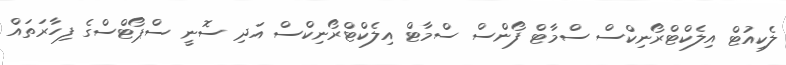
ލެކިއުޓް އިލެކްޓްރޯނިކްސް ސްމާޓް ފޯންސް ސްމާޓް އިލެކްޓްރޯނިކްސް އަދި ސޮނީ ސްޕޯޓްސްގެ ފިހާރަތައް